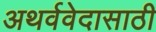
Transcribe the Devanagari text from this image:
अथर्ववेदासाठी